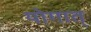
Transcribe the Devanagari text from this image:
योगात्